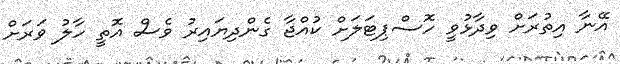
އޭނާ އިތުރަށް ވިދާޅުވީ ހޮސްޕިޓަލަށް ކުއްޖާ ގެންދިޔައިރު ވެސް އޮތީ ހާލު ވަރަށް